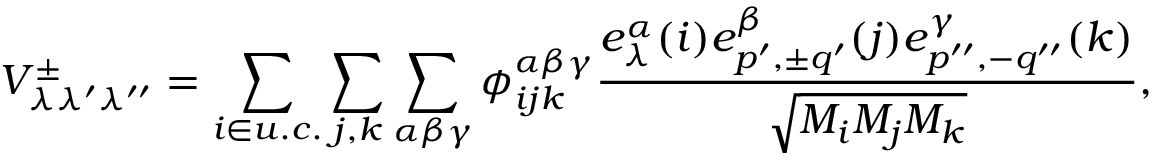
V _ { \lambda \lambda ^ { \prime } \lambda ^ { \prime \prime } } ^ { \pm } = \sum _ { i \in u . c . } \sum _ { j , k } \sum _ { \alpha \beta \gamma } \phi _ { i j k } ^ { \alpha \beta \gamma } \frac { e _ { \lambda } ^ { \alpha } ( i ) e _ { p ^ { \prime } , { \pm } q ^ { \prime } } ^ { \beta } ( j ) e _ { p ^ { \prime \prime } , - q ^ { \prime \prime } } ^ { \gamma } ( k ) } { \sqrt { M _ { i } M _ { j } M _ { k } } } ,